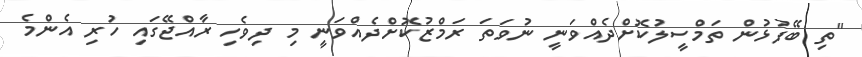
"ތި ބޭފުޅުން ތަމްސީލުކޮށްދެއްވަނީ ނުވަތަ ރަމްޒުކޮށްދެއްވަނީ މި ދިވެހި ރާއްޖޭގައި ހުރި އެންމެ